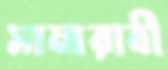
সামারাবী